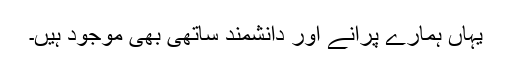
یہاں ہمارے پرانے اور دانشمند ساتھی بھی موجود ہیں۔